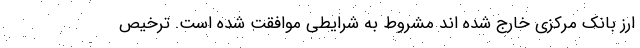
ارز بانک مرکزی خارج شده اند مشروط به شرایطی موافقت شده است. ترخیص